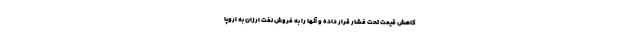
کاهش قیمت تحت فشار قرار داده و آنها را به فروش نفت ارزان به اروپا